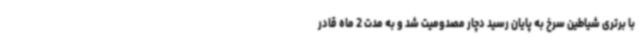
با برتری شیاطین سرخ به پایان رسید دچار مصدومیت شد و به مدت 2 ماه قادر